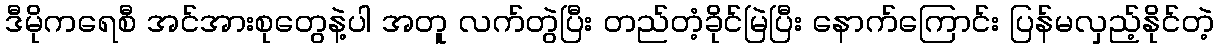
ဒီမိုကရေစီ အင်အားစုတွေနဲ့ပါ အတူ လက်တွဲပြီး တည်တံ့ခိုင်မြဲပြီး နောက်ကြောင်း ပြန်မလှည့်နိုင်တဲ့